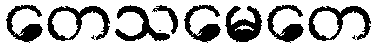
တေသမေတေ